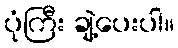
ပုံကြီး ချဲ့ပေးပါ။